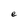
Character: e